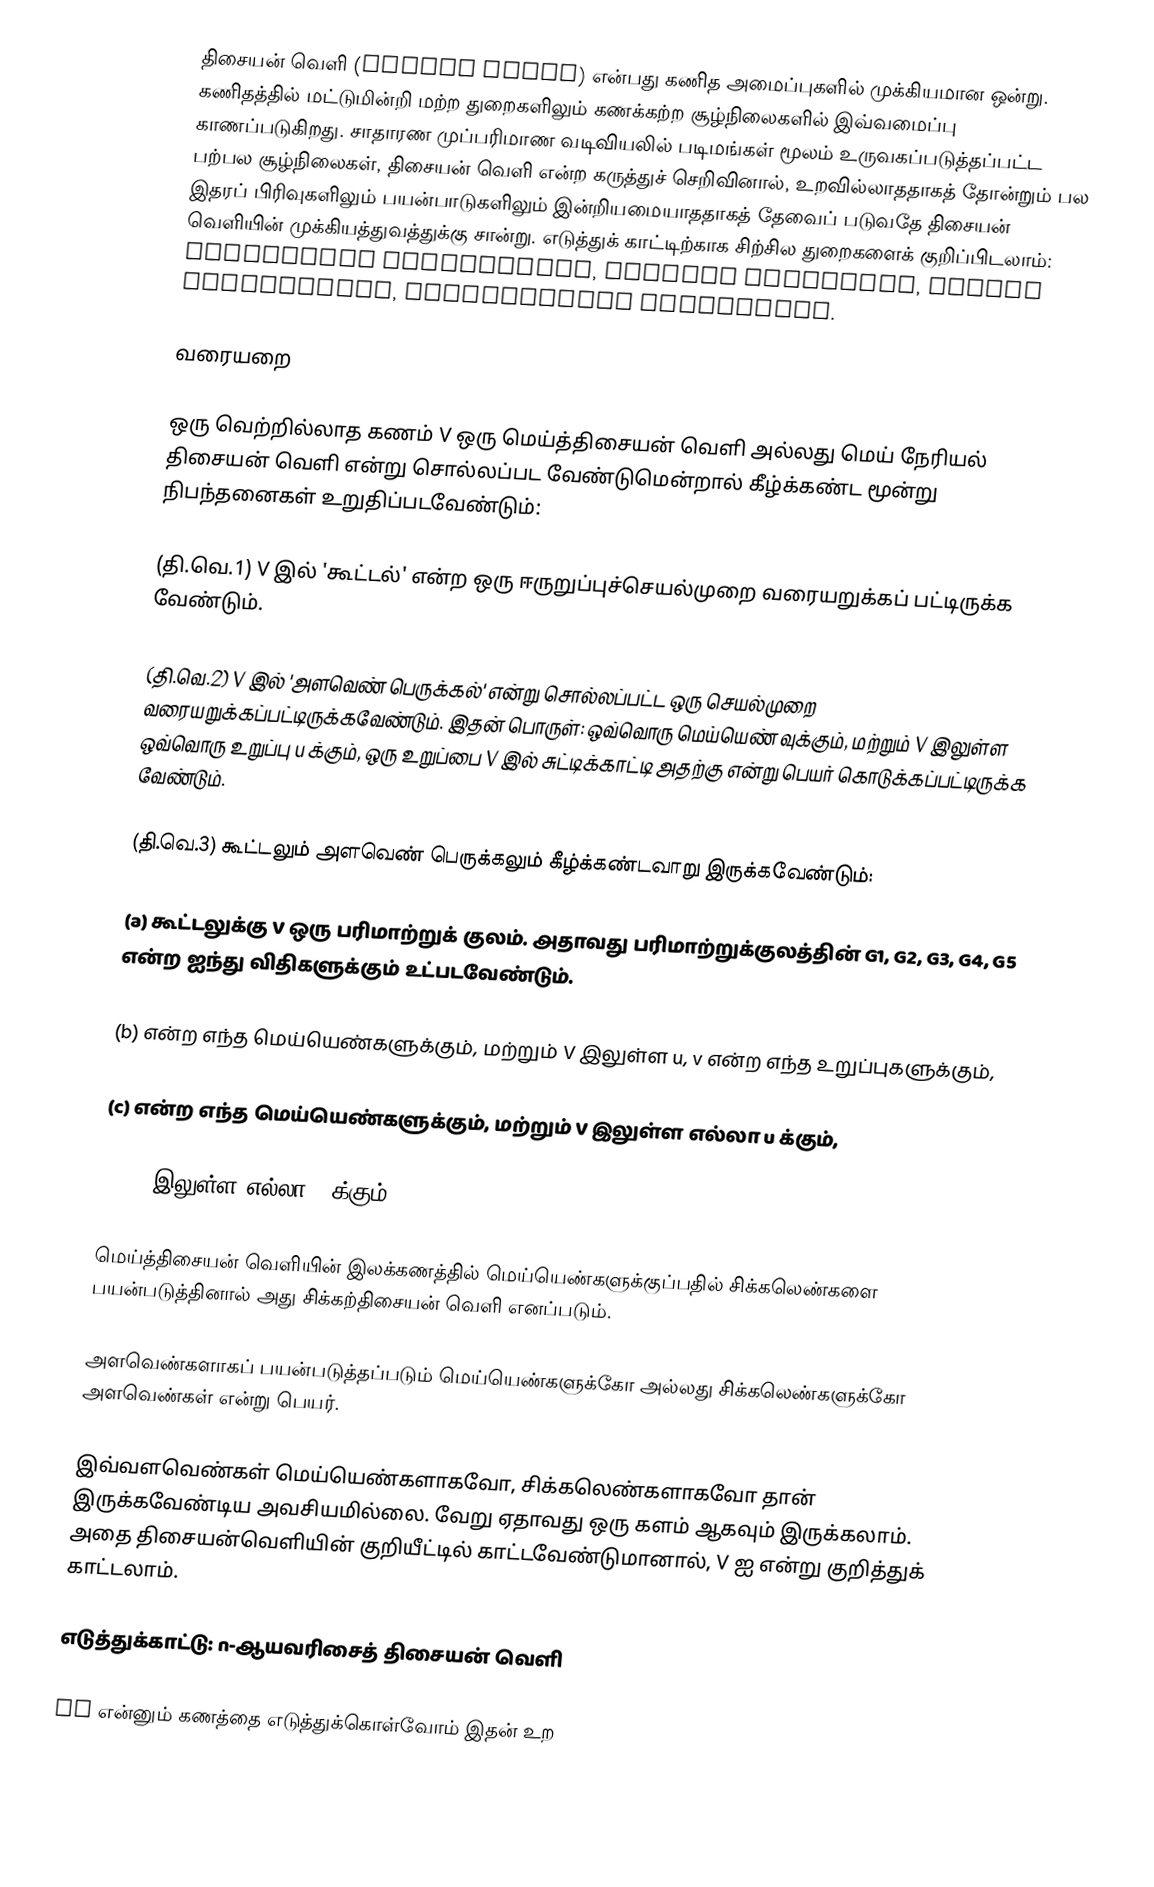
திசையன் வெளி (Vector Space) என்பது கணித அமைப்புகளில் முக்கியமான ஒன்று.  கணிதத்தில் மட்டுமின்றி மற்ற துறைகளிலும்  கணக்கற்ற சூழ்நிலைகளில் இவ்வமைப்பு காணப்படுகிறது. சாதாரண முப்பரிமாண வடிவியலில் படிமங்கள் மூலம் உருவகப்படுத்தப்பட்ட பற்பல சூழ்நிலைகள்,  திசையன் வெளி என்ற கருத்துச் செறிவினால்,  உறவில்லாததாகத் தோன்றும் பல இதரப் பிரிவுகளிலும் பயன்பாடுகளிலும் இன்றியமையாததாகத் தேவைப் படுவதே திசையன் வெளியின் முக்கியத்துவத்துக்கு சான்று. எடுத்துக் காட்டிற்காக சிற்சில துறைகளைக் குறிப்பிடலாம்: Electrical Engineering, Quantum Mechanics, Linear Programming, Mathematical Statistics.

வரையறை

ஒரு வெற்றில்லாத கணம்  V  ஒரு மெய்த்திசையன் வெளி  அல்லது மெய் நேரியல் திசையன் வெளி என்று சொல்லப்பட வேண்டுமென்றால் கீழ்க்கண்ட  மூன்று நிபந்தனைகள் உறுதிப்படவேண்டும்:

(தி.வெ.1) V இல் 'கூட்டல்' என்ற  ஒரு ஈருறுப்புச்செயல்முறை வரையறுக்கப் பட்டிருக்க வேண்டும்.

(தி.வெ.2) V இல் 'அளவெண் பெருக்கல்' என்று சொல்லப்பட்ட ஒரு செயல்முறை வரையறுக்கப்பட்டிருக்கவேண்டும். இதன் பொருள்: ஒவ்வொரு மெய்யெண்  வுக்கும், மற்றும் V இலுள்ள ஒவ்வொரு உறுப்பு u க்கும்,  ஒரு உறுப்பை V இல் சுட்டிக்காட்டி அதற்கு   என்று பெயர் கொடுக்கப்பட்டிருக்க வேண்டும்.

(தி.வெ.3) கூட்டலும் அளவெண் பெருக்கலும் கீழ்க்கண்டவாறு இருக்கவேண்டும்:

(a) கூட்டலுக்கு V ஒரு பரிமாற்றுக் குலம். அதாவது பரிமாற்றுக்குலத்தின்  G1, G2, G3, G4, G5 என்ற ஐந்து விதிகளுக்கும் உட்படவேண்டும்.

(b)  என்ற எந்த மெய்யெண்களுக்கும்,  மற்றும் V இலுள்ள u, v என்ற எந்த உறுப்புகளுக்கும்,

(c)  என்ற எந்த மெய்யெண்களுக்கும், மற்றும் V இலுள்ள எல்லா u க்கும்,

(d) V இலுள்ள எல்லா u க்கும்,

மெய்த்திசையன் வெளியின் இலக்கணத்தில் மெய்யெண்களுக்குப்பதில் சிக்கலெண்களை பயன்படுத்தினால் அது சிக்கற்திசையன் வெளி எனப்படும்.

அளவெண்களாகப் பயன்படுத்தப்படும் மெய்யெண்களுக்கோ அல்லது சிக்கலெண்களுக்கோ  அளவெண்கள் என்று பெயர்.

இவ்வளவெண்கள் மெய்யெண்களாகவோ, சிக்கலெண்களாகவோ தான் இருக்கவேண்டிய அவசியமில்லை. வேறு ஏதாவது ஒரு களம்  ஆகவும் இருக்கலாம். அதை திசையன்வெளியின் குறியீட்டில் காட்டவேண்டுமானால், V ஐ  என்று குறித்துக் காட்டலாம்.

எடுத்துக்காட்டு: n-ஆயவரிசைத் திசையன் வெளி

Vn என்னும் கணத்தை எடுத்துக்கொள்வோம் இதன் உற